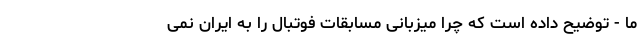
ما - توضیح داده است که چرا میزبانی مسابقات فوتبال را به ایران نمی